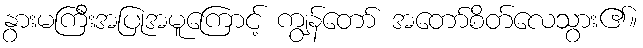
နွားမကြီးအပြုအမူကြောင့် ကျွန်တော် အတော်စိတ်လေသွား၏။